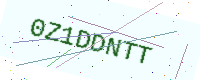
Text: 0Z1DDNTT